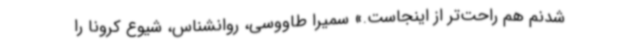
شدنم هم راحت‌تر از اینجاست.» سمیرا طاووسی، روانشناس، شیوع کرونا را